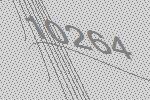
10264